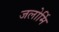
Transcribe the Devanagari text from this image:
जलोर्मि